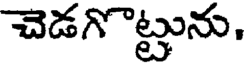
చెడగొట్టును,